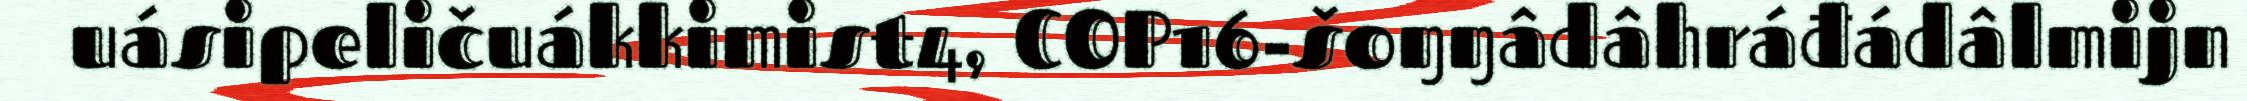
uásipeličuákkimist4, COP16-šoŋŋâdâhráđádâlmijn